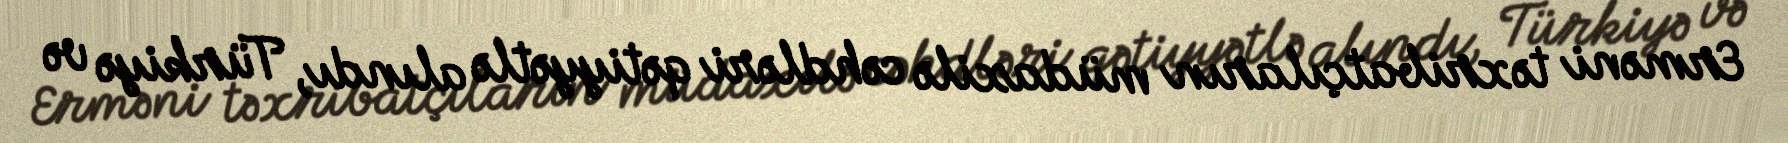
Erməni təxribatçıların müdaxilə cəhdləri qətiyyətlə alındı, Türkiyə və